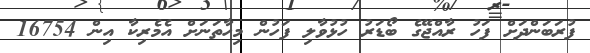
ފުރަބަންދަށް ފަހު ރާއްޖޭގެ ބޯޑަރު ހުޅުވާލި ފަހުން މިހާތަނަށް އެމެރިކާ އިން 16754